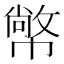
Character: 幤